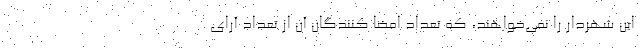
این شهردار را نمی‌خواهند، که تعداد امضا کنندگان آن از تعداد آرای